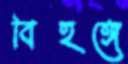
বিহঙ্গে